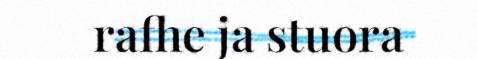
rafhe ja stuora